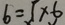
6 = 1 \times 6